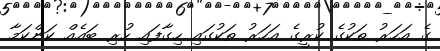
ގެ އަހަރު ތަކުގެ ކުރީގެ އަހަރު ތަކުގައި ހިގާފައި ހުރި ބައެއް ކަންކަމާ